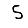
Digit: 5